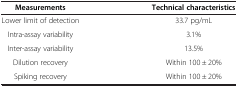
<table><thead><tr><td><b>Measurements</b></td><td><b>Technical characteristics</b></td></tr></thead><tbody><tr><td>Lower limit of detection</td><td>33.7 pg/mL</td></tr><tr><td>Intra-assay variability</td><td>3.1%</td></tr><tr><td>Inter-assay variability</td><td>13.5%</td></tr><tr><td>Dilution recovery</td><td>Within 100 ± 20%</td></tr><tr><td>Spiking recovery</td><td>Within 100 ± 20%</td></tr></tbody></table>